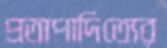
প্রতাপাদিত্যের